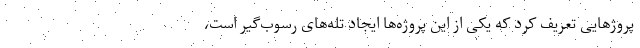
پروژهایی تعریف کرد که یکی از این پروژه‌ها ایجاد تله‌های رسوب‌گیر است،